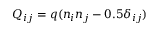
Q _ { i j } = q ( n _ { i } n _ { j } - 0 . 5 \delta _ { i j } )